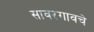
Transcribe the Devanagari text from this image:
सावरगावचे